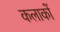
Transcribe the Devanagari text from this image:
कलाकों